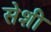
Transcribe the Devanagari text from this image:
सेशी